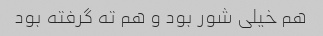
هم خیلی شور بود و هم ته گرفته بود